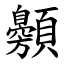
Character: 䫵